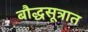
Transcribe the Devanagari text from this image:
बौद्धसूत्रात